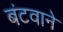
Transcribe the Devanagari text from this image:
बंटवाने